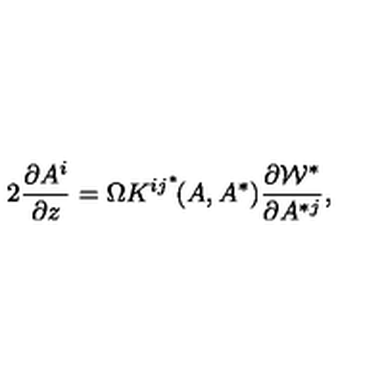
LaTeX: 2 { \frac { \partial A ^ { i } } { \partial z } } = \Omega K ^ { i j ^ { * } } \! ( A , A ^ { * } ) \frac { \partial { \cal W } ^ { * } } { \partial A ^ { * j } } ,